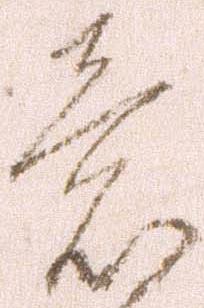
意